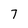
Character: 7